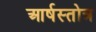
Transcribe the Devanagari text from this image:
आर्षस्तोत्र